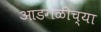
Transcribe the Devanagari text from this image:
आडगळीच्या